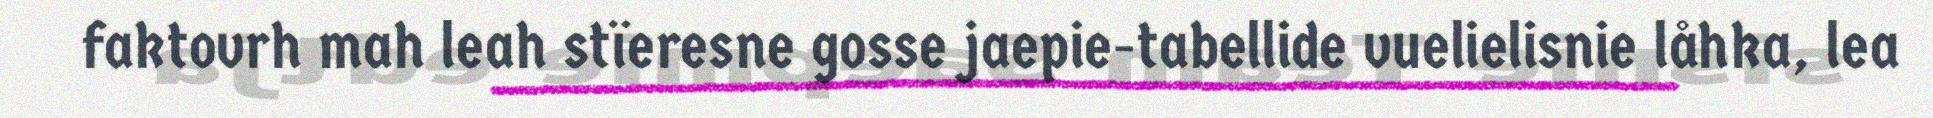
faktovrh mah leah stïeresne gosse jaepie-tabellide vuelielisnie låhka, lea